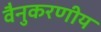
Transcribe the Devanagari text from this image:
वैनुकरणीय